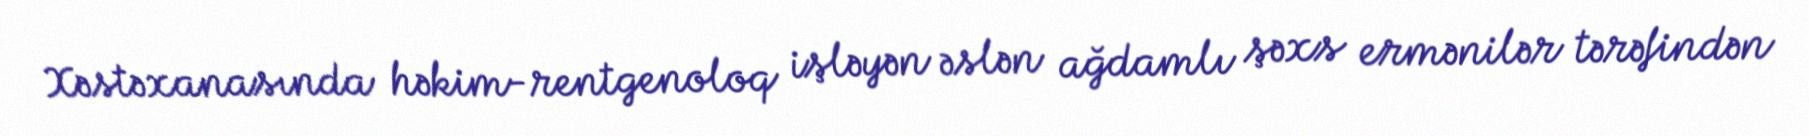
Xəstəxanasında həkim-rentgenoloq işləyən əslən ağdamlı şəxs ermənilər tərəfindən